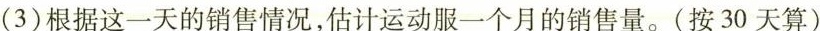
(3)根据这一天的销售情况，估计运动服一个月的销售量。(按30天算)